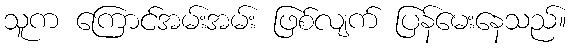
သူက ကြောင်အမ်းအမ်း ဖြစ်လျက် ပြန်မေးနေသည်။